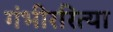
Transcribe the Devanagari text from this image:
गंभीररित्या